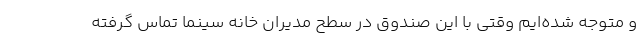
و متوجه شده‌ایم وقتی با این صندوق در سطح مدیران خانه سینما تماس گرفته